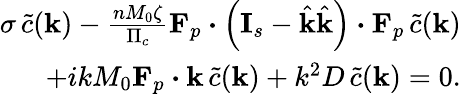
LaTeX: \begin{array}{r}{\sigma\, \tilde{c}(\mathbf{k})-\frac{nM_{0}\zeta}{\Pi_{c}}\mathbf{F}_{p}\boldsymbol{\cdot}\left(\mathbf{I}_{s}-\hat{\mathbf{k}}\hat{\mathbf{k}}\right)\boldsymbol{\cdot}\mathbf{F}_{p}\, \tilde{c}(\mathbf{k})}\\ {+ikM_{0}\mathbf{F}_{p}\boldsymbol{\cdot}\mathbf{k}\, \tilde{c}(\mathbf{k})+k^{2}D\, \tilde{c}(\mathbf{k})=0.}\end{array}